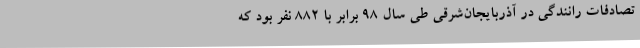
تصادفات رانندگی در آذربایجان‌شرقی طی سال 98 برابر با 882 نفر بود که